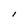
Character: I